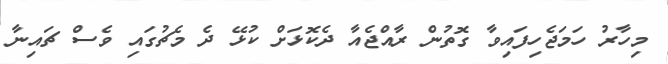
މިހާރު ހަމަޖެހިފައިވާ ގޮތުން ރާއްޖެއާ ދެކޮޅަށް ކުޅޭ ދެ މެޗުގައި ވެސް ޗައިނާ